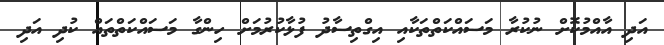
އަދި އާއްމުކޮށް ނުކުރާ މަސައްކަތްތަކާއި އިގްތިސާދު ފުޅާކުރުމަށް ހިންގާ މަސައްކަތްތައް ކުދި އަދި